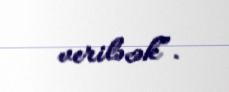
veriləcək”.